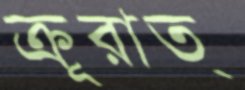
ক্রূরাত্